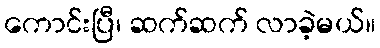
ကောင်းပြီ၊ ဆက်ဆက် လာခဲ့မယ်။